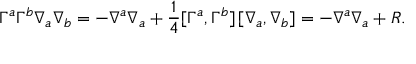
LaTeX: \Gamma ^ { a } \Gamma ^ { b } \nabla _ { a } \nabla _ { b } = - \nabla ^ { a } \nabla _ { a } + \frac { 1 } { 4 } [ \Gamma ^ { a } , \Gamma ^ { b } ] \, [ \nabla _ { a } , \nabla _ { b } ] = - \nabla ^ { a } \nabla _ { a } + { \cal R } .